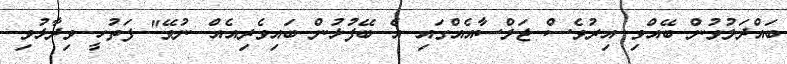
ބައްދަލުވުން ބޭއްވި އިރުވެސް ޖަލްސާއެއްގައި އެ ބޭފުޅުން ބައިވެރިއެއް ނުވޭ" ފަތުހީ ވިދާޅުވި